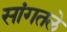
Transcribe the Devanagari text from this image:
सांगतले